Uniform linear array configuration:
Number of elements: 64
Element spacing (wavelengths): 0.25
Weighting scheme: hann
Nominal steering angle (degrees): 30
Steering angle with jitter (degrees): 30.266
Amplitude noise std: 0.05
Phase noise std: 0.05

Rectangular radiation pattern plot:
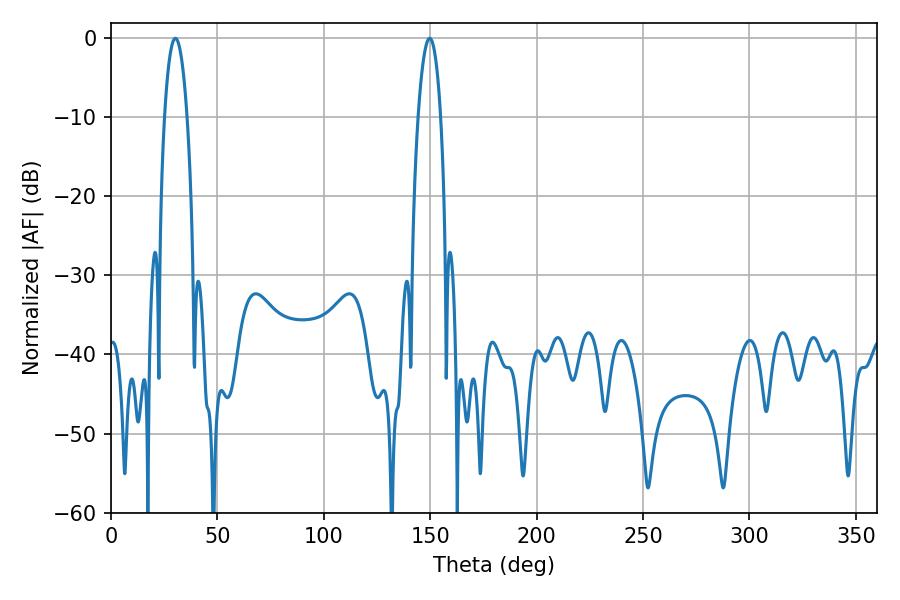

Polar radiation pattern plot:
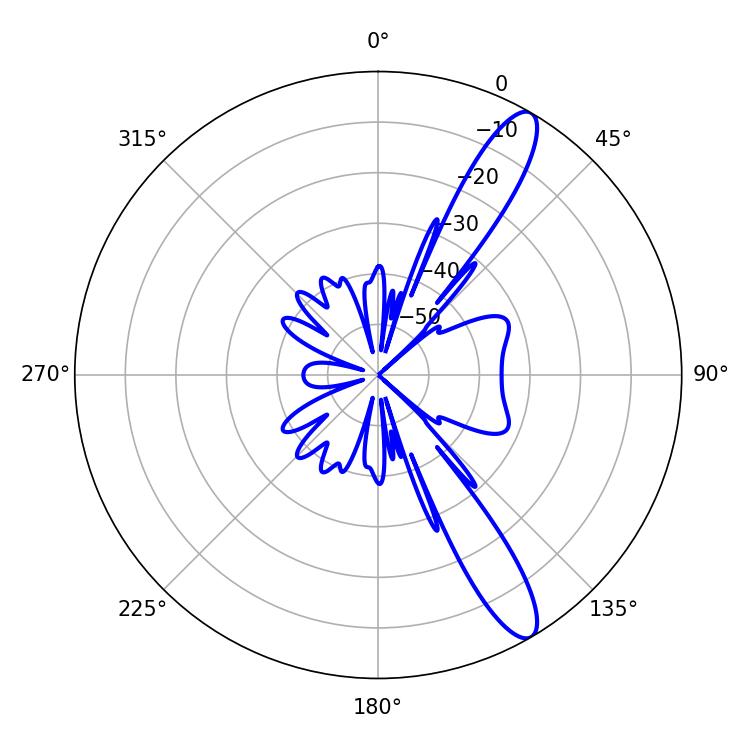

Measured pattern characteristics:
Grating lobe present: FALSE
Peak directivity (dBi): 12.522
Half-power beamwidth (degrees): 5.94
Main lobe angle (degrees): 149.76